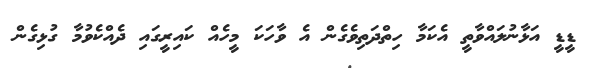
ޑީޑީ އަޅާނުލައްވާތީ އެކަމާ ހިތްދަތިވެގެން އެ ވާހަކަ މީހެއް ކައިރީގައި ދެއްކެވުމާ ގުޅިގެން